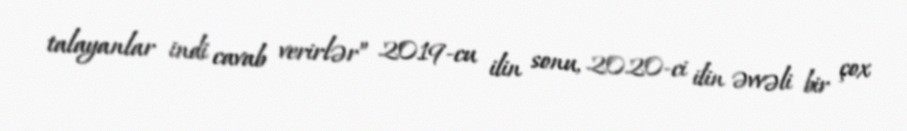
talayanlar indi cavab verirlər” 2019-cu ilin sonu, 2020-ci ilin əvvəli bir çox